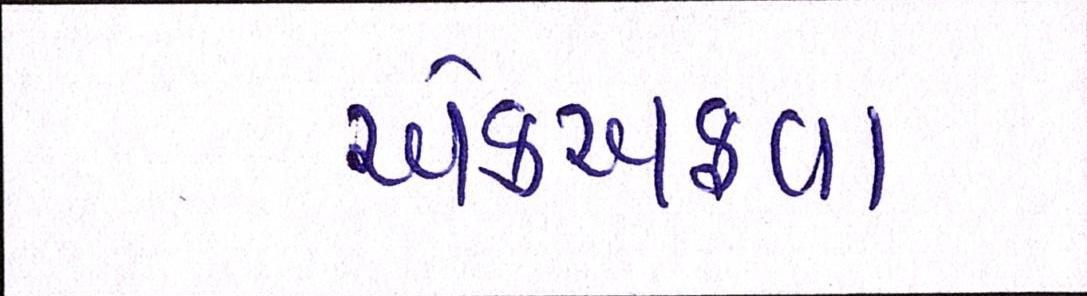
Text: એકઅફવા